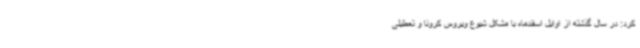
کرد: در سال گذشته از اوایل اسفندماه با مشکل شیوع ویروس کرونا و تعطیلی